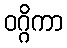
ဝဂ္ဂိကာ